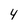
Character: 4